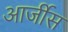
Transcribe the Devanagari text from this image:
आर्जीस